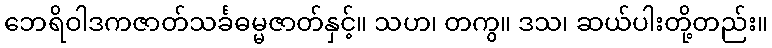
ဘေရိဝါဒကဇာတ်သင်္ခဓမ္မဇာတ်နှင့်။ သဟ၊ တကွ။ ဒသ၊ ဆယ်ပါးတို့တည်း။